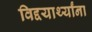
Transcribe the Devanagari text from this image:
विद्दयार्थ्यांना